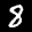
Label: 8